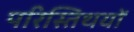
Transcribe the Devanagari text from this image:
परिस्तिथयों